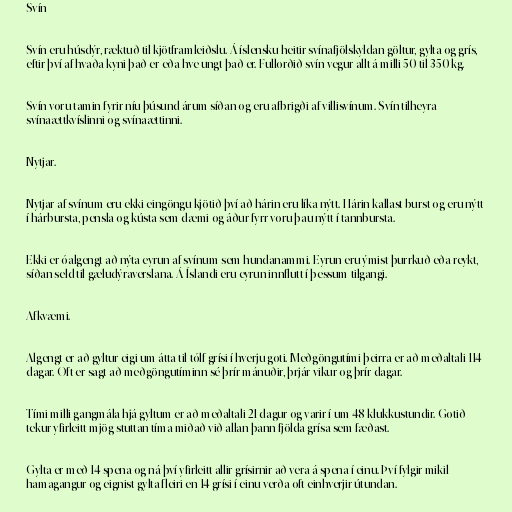
Svín

Svín eru húsdýr, ræktuð til kjötframleiðslu. Á íslensku heitir svínafjölskyldan göltur, gylta og grís,
eftir því af hvaða kyni það er eða hve ungt það er. Fullorðið svín vegur allt á milli 50 til 350 kg.

Svín voru tamin fyrir níu þúsund árum síðan og eru afbrigði af villisvínum. Svín tilheyra
svínaættkvíslinni og svínaættinni.

Nytjar.

Nytjar af svínum eru ekki eingöngu kjötið því að hárin eru líka nýtt. Hárin kallast burst og eru nýtt
í hárbursta, pensla og kústa sem dæmi og áður fyrr voru þau nýtt í tannbursta.

Ekki er óalgengt að nýta eyrun af svínum sem hundanammi. Eyrun eru ýmist þurrkuð eða reykt,
síðan seld til gæludýraverslana. Á Íslandi eru eyrun innflutt í þessum tilgangi.

Afkvæmi.

Algengt er að gyltur eigi um átta til tólf grísi í hverju goti. Meðgöngutími þeirra er að meðaltali 114
dagar. Oft er sagt að meðgöngutíminn sé þrír mánuðir, þrjár vikur og þrír dagar.

Tími milli gangmála hjá gyltum er að meðaltali 21 dagur og varir í um 48 klukkustundir. Gotið
tekur yfirleitt mjög stuttan tíma miðað við allan þann fjölda grísa sem fæðast.

Gylta er með 14 spena og ná því yfirleitt allir grísirnir að vera á spena í einu. Því fylgir mikil
hamagangur og eignist gylta fleiri en 14 grísi í einu verða oft einhverjir útundan.